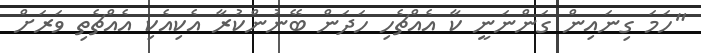
"ހަމަ ގިނައިން ގަންނަނީ ކާ އެއްޗެހި ހަދަން ބޭނުންކުރާ އެކިއެކި އެއްޗެތި ވަރަށް